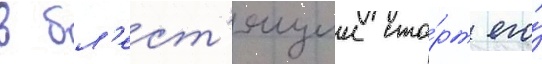
в бл'ест'ящии ста́рт его́